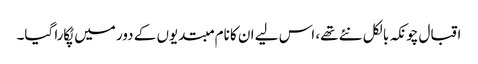
اقبال چونکہ بالکل نئے تھے، اس لیے ان کا نام مبتدیوں کے دور میں پُکارا گیا۔